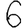
Digit: 6